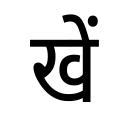
OCR:
खें